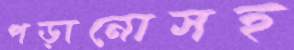
পড়ানোসহ